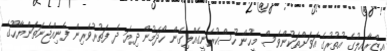
އިޒްރާއިލުގެ އުތުރުގެ އަވަށްތަކުންވެސް މީހުން ހުސްކުރަނީގެއްލިގެން ހޯދަމުން ދިޔަ ދެ ފަތުރުވެރިން ފެނިއްޖެނަތަންޔާހޫގެ